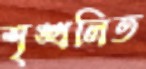
শৃঙ্খলিত